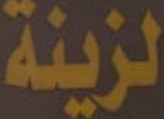
لزينة